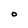
Character: O